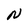
Character: N